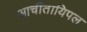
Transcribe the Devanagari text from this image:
आर्चीतायिपल